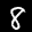
Label: 8